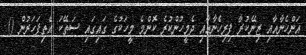
އަންހެނާއާއި ޒިނޭކުރާ ފިރިހެނާއާއި ދެމީހުންކުރެ ކޮންމެ މީހަކުގެ ގައިގައި ސަތޭކަ އެތިފަހަރުން ()